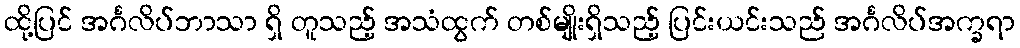
ထို့ပြင် အင်္ဂလိပ်ဘာသာ ရှိ တူသည့် အသံထွက် တစ်မျိုးရှိသည့် ပြင်းယင်းသည် အင်္ဂလိပ်အက္ခရာ